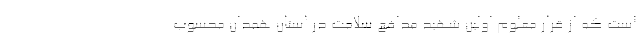
است که از قرار معلوم اولین شهید مدافع سلامت در استان همدان محسوب